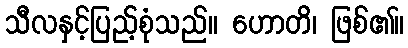
သီလနှင့်ပြည့်စုံသည်။ ဟောတိ၊ ဖြစ်၏။